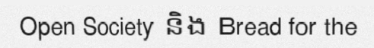
Open Society និង Bread for the